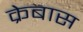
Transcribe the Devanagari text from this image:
क्रेबास